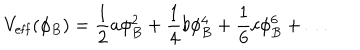
V _ { \mathrm { e f f } } ( \phi _ { B } ) = { \frac { 1 } { 2 } } a \phi _ { B } ^ { 2 } + { \frac { 1 } { 4 } } b \phi _ { B } ^ { 4 } + { \frac { 1 } { 6 } } c \phi _ { B } ^ { 6 } + \dots